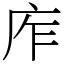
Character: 㡸